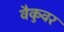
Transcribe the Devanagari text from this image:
वैकुवर